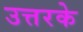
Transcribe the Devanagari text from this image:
उत्तरके